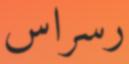
رسراس